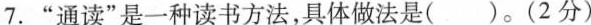
7. ”通读”是一种读书方法，具体做法是( )。(2分)